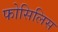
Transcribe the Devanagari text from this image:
फोसिलिस